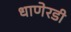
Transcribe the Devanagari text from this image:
धाणेरडी